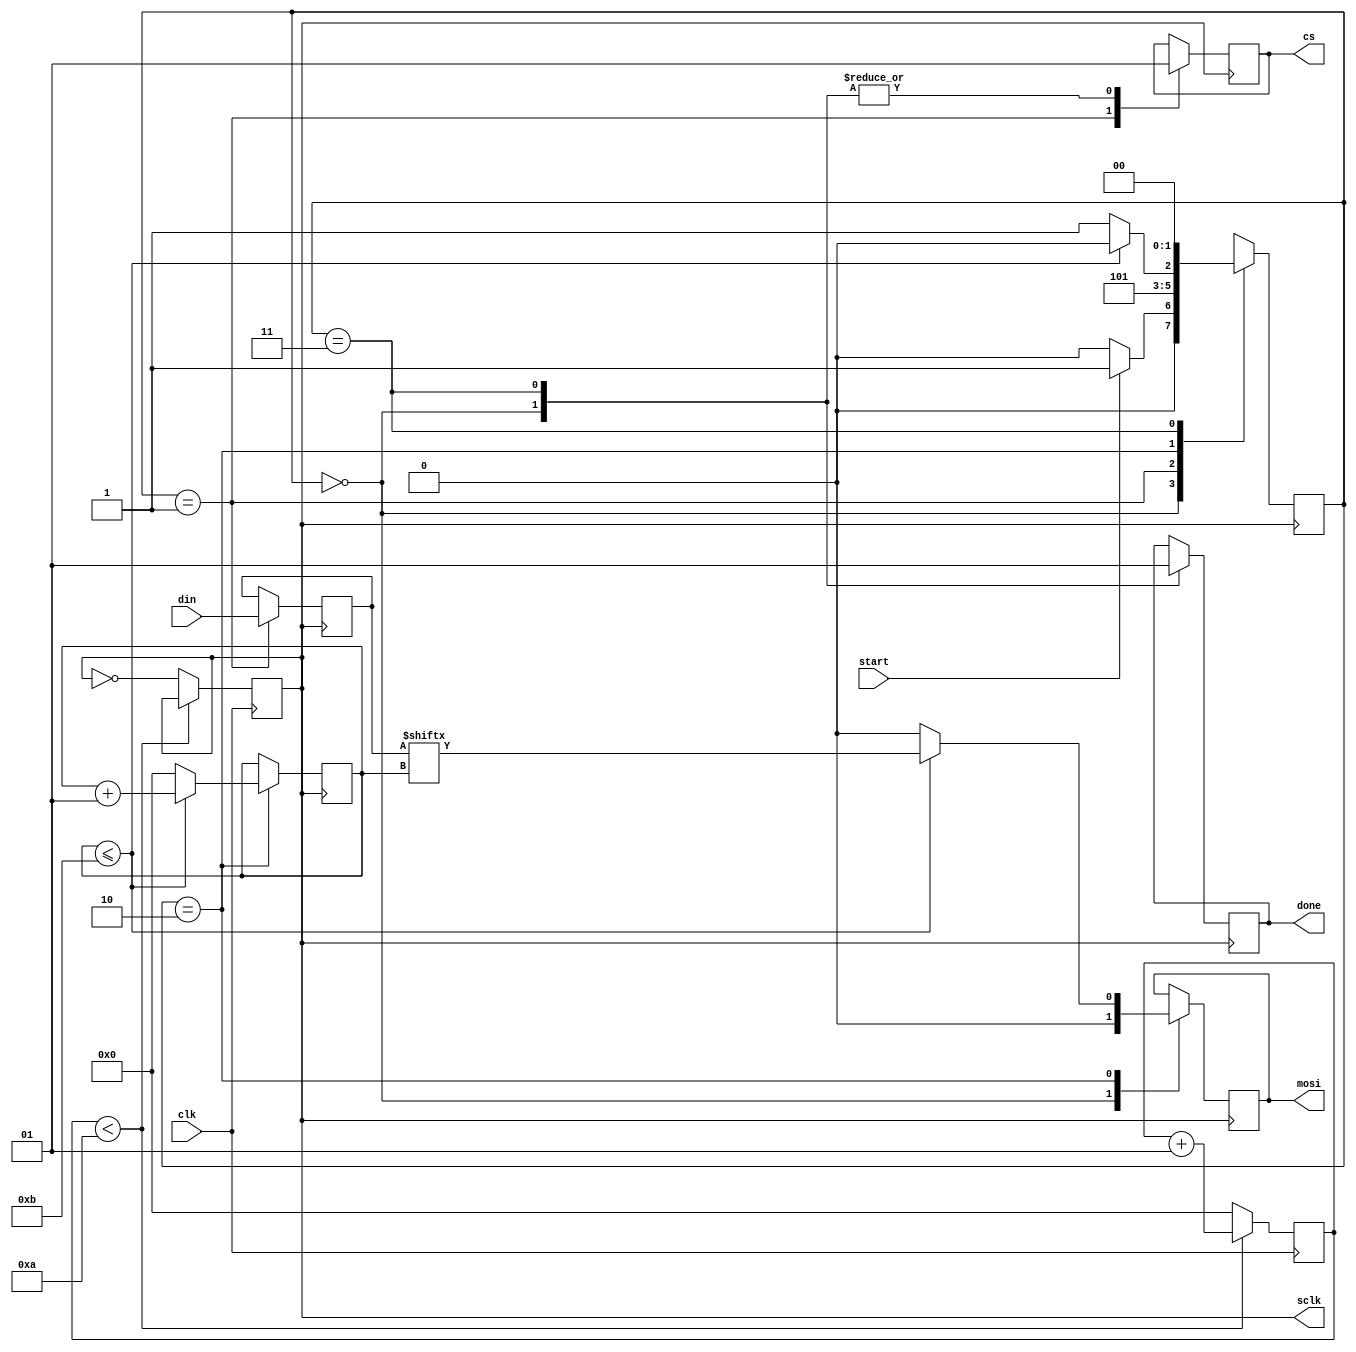
`timescale 1ns / 1ps
 
 
module spi
(
input clk, start, 
input [11:0] din,
output reg cs, mosi, done, 
output sclk
);
 
integer count = 0;
reg sclkt = 0;
always@(posedge clk)
begin
    if(count < 10)
    count <= count + 1;
    else
    begin
    count  <= 0;
    sclkt  <= ~sclkt;
    end
end
 
/////////////////////////////////////
parameter idle = 0, start_tx = 1, send = 2, end_tx = 3; 
reg [1:0] state = idle;
reg [11:0] temp;
integer bitcount = 0;
 
always@(posedge sclkt)
begin
            case(state)
            idle: begin
               mosi <= 1'b0;
               cs   <= 1'b1;
               done <= 1'b0;
               
               if(start)
                 state <= start_tx;
               else
                 state <= idle;
            end
            
            
            start_tx : begin
              cs    <= 1'b0;
              temp  <= din; 
              state <= send; 
            end
            
            send : 
            begin
               if(bitcount <= 11) 
               begin
                 bitcount <= bitcount + 1;
                 mosi     <= temp[bitcount];
                 state    <= send;
               end
               else
                begin
                bitcount <= 0;
                state    <= end_tx;
                mosi     <= 1'b0; 
                end
            end
            
            end_tx : begin
               cs    <= 1'b1;
               state <= idle;
               done  <= 1'b1;
            end
            
            default : state <= idle;
            endcase
end
 
 
assign sclk = sclkt;
 
endmodule